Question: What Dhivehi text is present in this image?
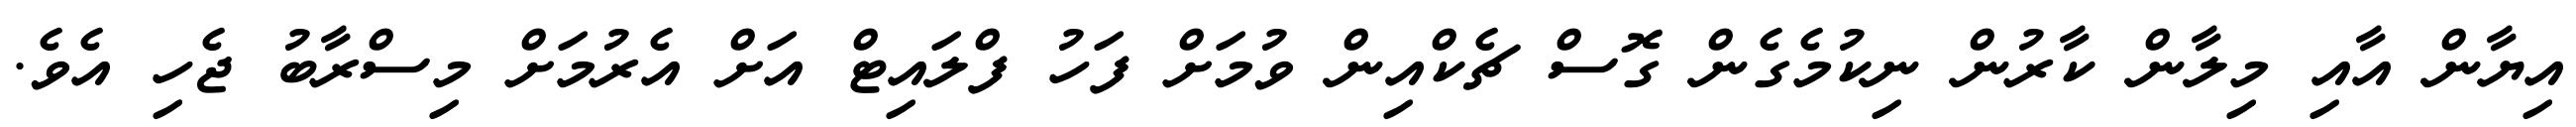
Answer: އިޔާން އާއި މިލާން ކާރުން ނިކުމެގެން ގޮސް ޗެކްއިން ވުމަށް ފަހު ފްލައިޓް އަށް އެރުމަށް މިސްރާބު ޖެހި އެވެ.